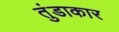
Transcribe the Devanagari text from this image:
तुंडाकार